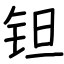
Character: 钽